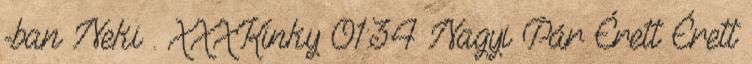
-ban Neki . XXXKinky 01:34 Nagyi Pár Érett Érett